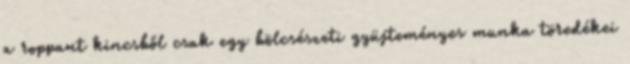
a roppant kincsből csak egy bölcsészeti gyüjteményes munka töredékei